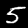
Label: 5